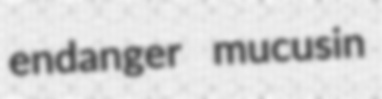
endanger mucusin